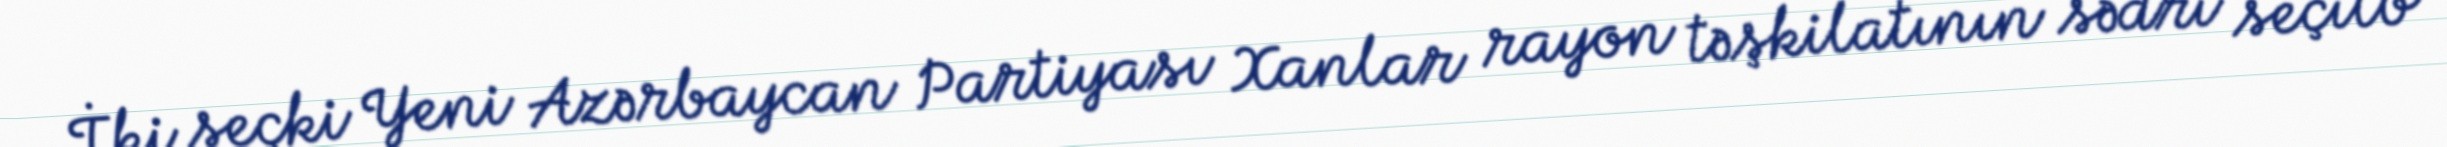
İki seçki Yeni Azərbaycan Partiyası Xanlar rayon təşkilatının sədri seçilb